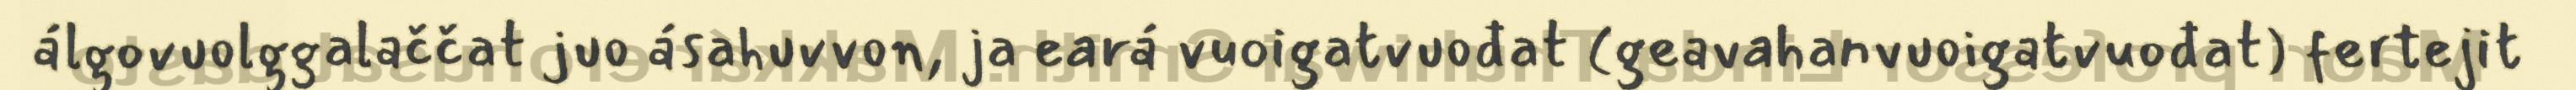
álgovuolggalaččat juo ásahuvvon, ja eará vuoigatvuođat (geavahanvuoigatvuođat) fertejit